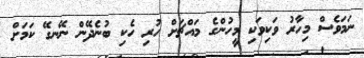
ނަމަވެސް މިހާރު ވަކިވަކި މީހުންގެ މައްޗަށް ހުރި ހެކި ބުނެދޭން ނޭނގޭ ކަމަށް